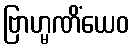
ဗြာဟ္မဏိံယေဝ